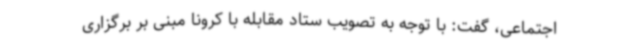
اجتماعی، گفت: با توجه به تصویب ستاد مقابله با کرونا مبنی بر برگزاری